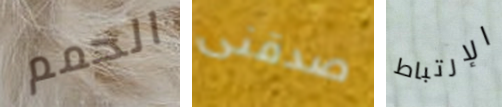
الحمم صدقنى الإرتباط